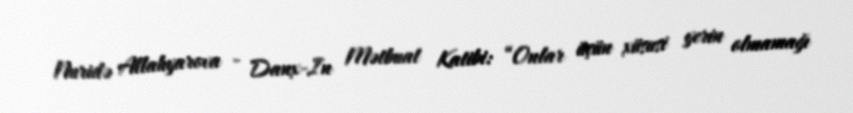
Nuridə Allahyarova - Danx-In Mətbuat Katibi: “Onlar üçün xüsusi yerin olmamağı